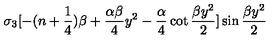
\sigma _ { 3 } [ - ( n + { \frac { 1 } { 4 } } ) \beta + { \frac { \alpha \beta } { 4 } } y ^ { 2 } - { \frac { \alpha } { 4 } } \cot { \frac { \beta y ^ { 2 } } { 2 } } ] \sin { \frac { \beta y ^ { 2 } } { 2 } }